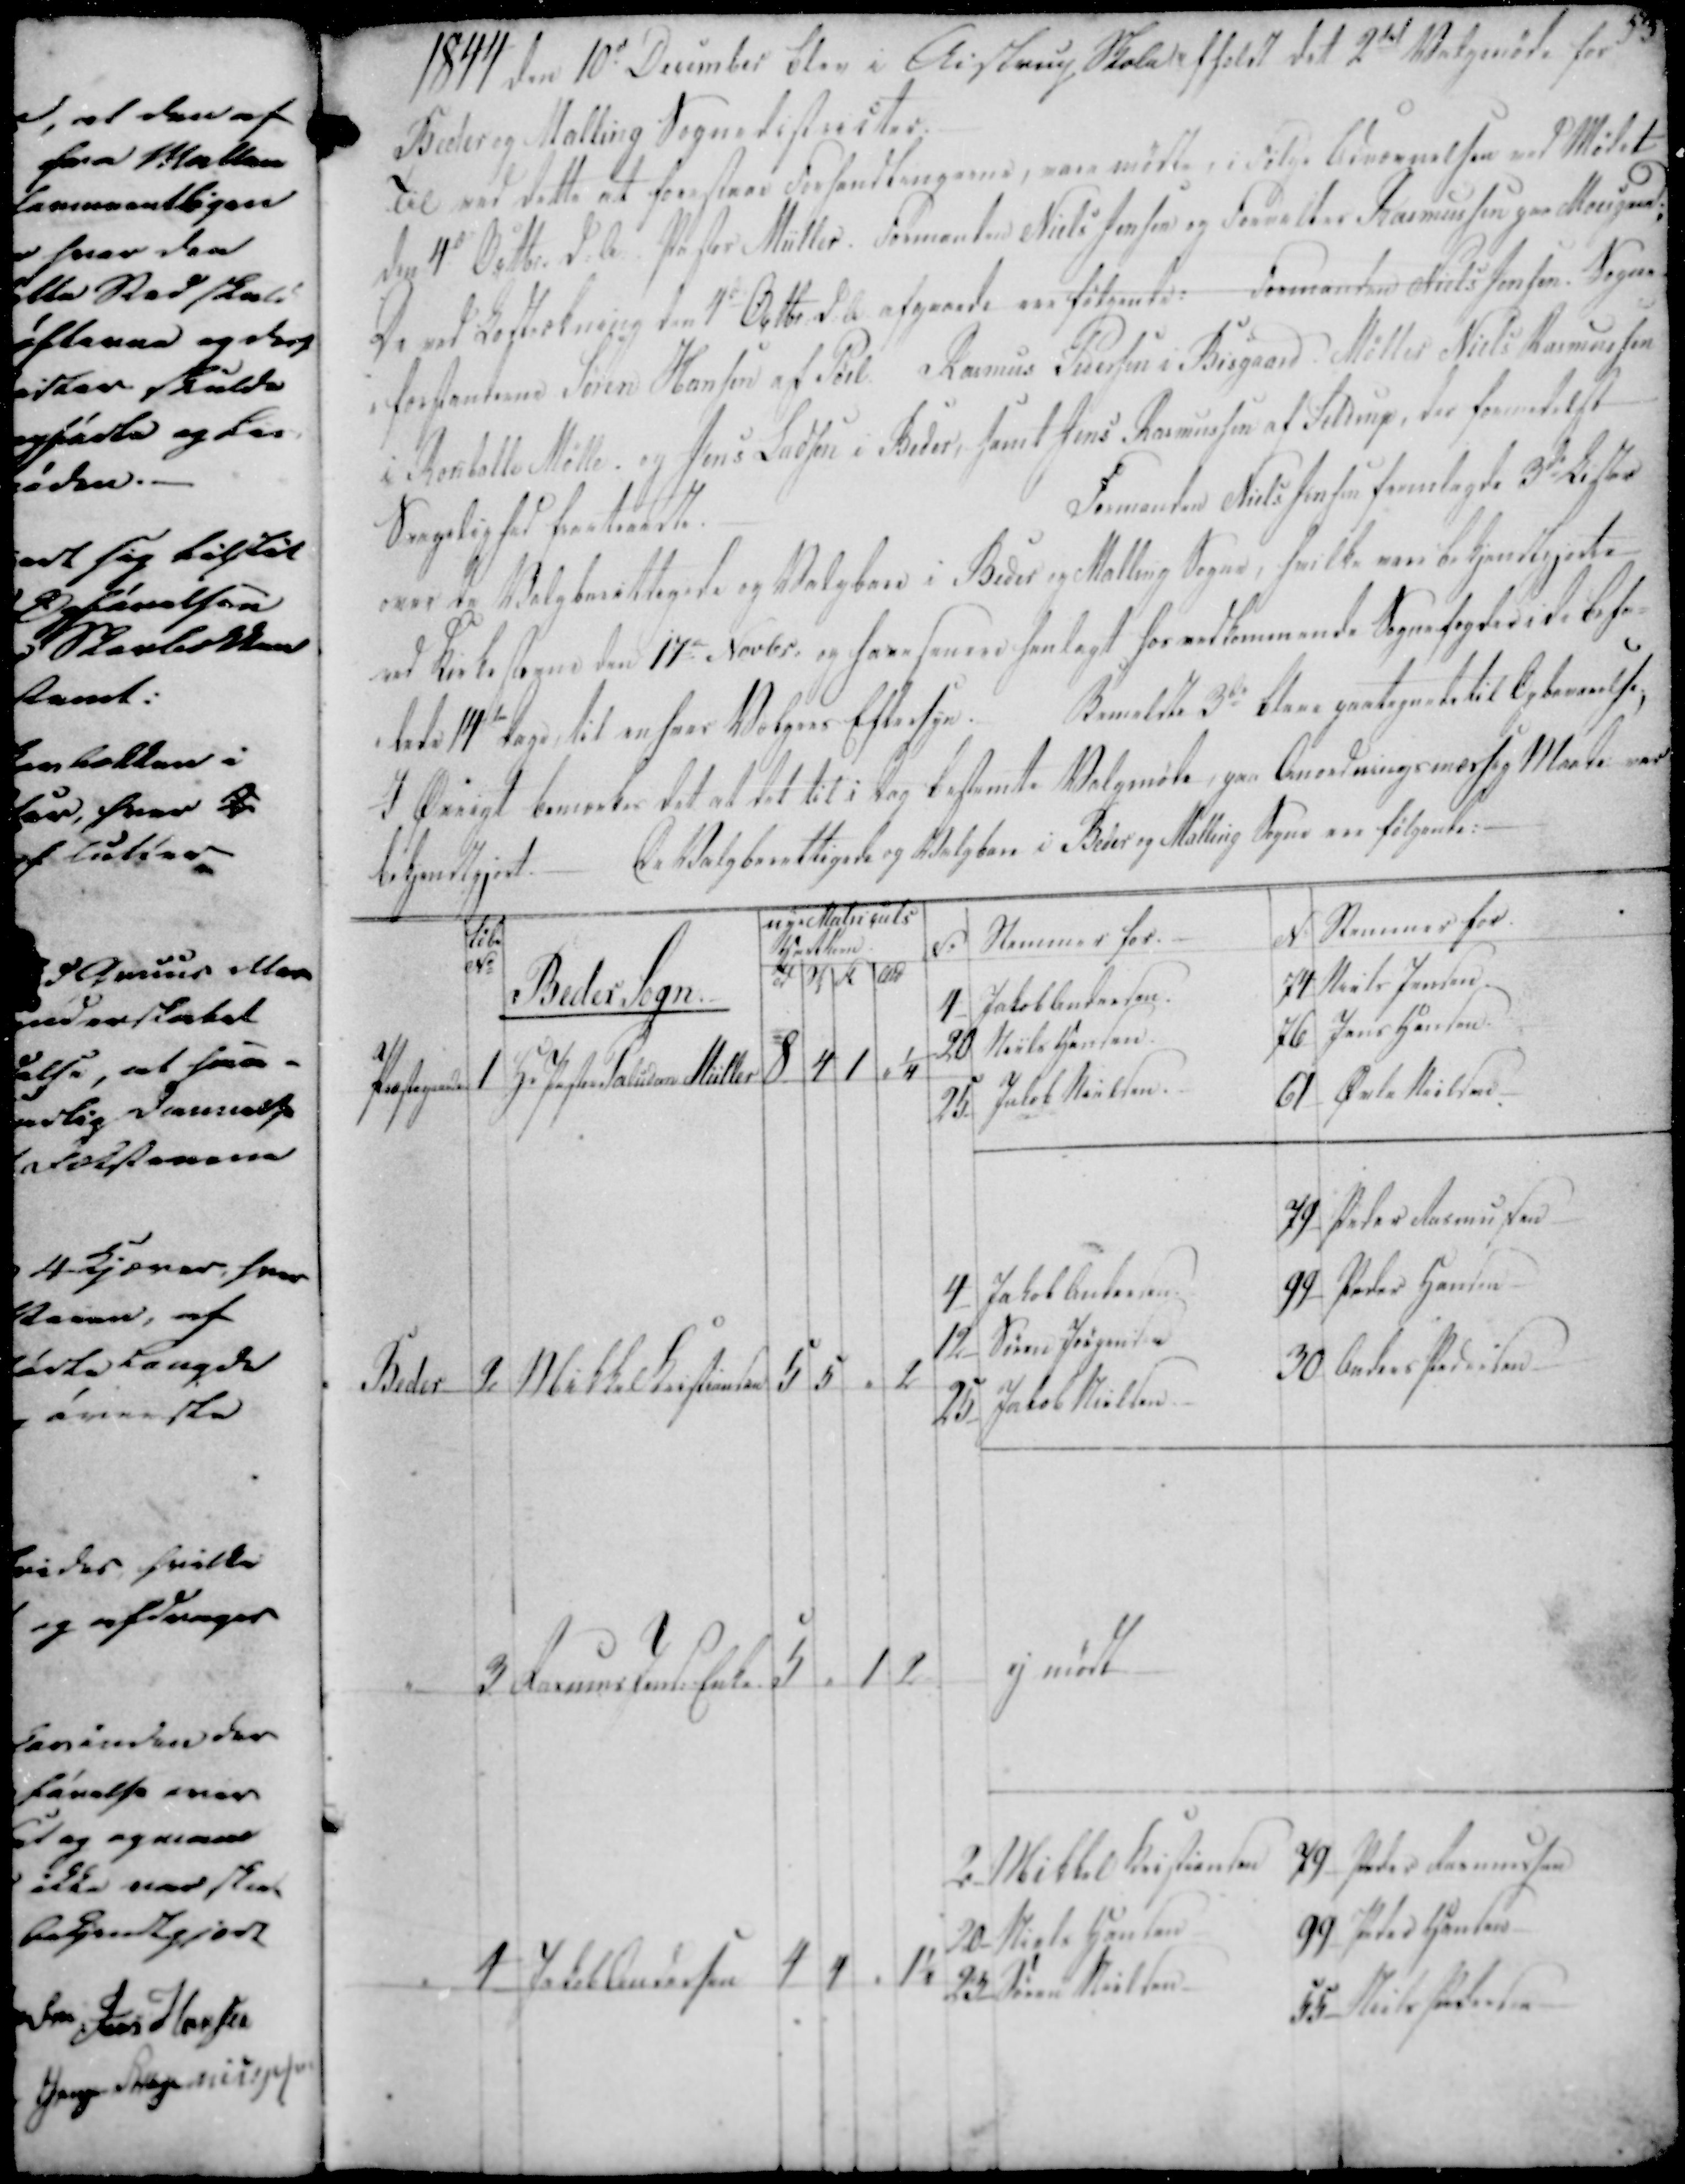
Transskription:
1844 den 10de December blev i Aistrup Skole afholdt det 2det Vælgermøde for
Beder og Malling Sognedistricter.

Til ved dette at forestaae Forhandlingerne, vare mødte i Følge Benævnelsen ved Mødet
den 4de Octbr. d.A. Pastor Müller. Formanden Niels Jensen og Forvalter Rasmussen paa Moesgaard.
De ved Bestrækning den 4de Octbr d.a. afgaaede ere følgende: Formanden Niels Jensen. Sogne-
-forstanderne Søren Hansen af Pøel Rasmus Pedersen i Bisgaard Møller Niels Rasmussen
i Korsballe Mølle, og Jens Ladsen i Beder, samt Jens Rasmussen af Seldrup, der fremdelst
Svagelighed fratraadte.
Formanden Niels Jensen fremlagde 3d Lister
over de Valgberettigede og Valgbare i Beder og Malling Sogne, hvilke var bekjendtgjordte
ved Kirke Sogne den 17e Novbr. og have fanere henlagt for vedkommende Sognefogderide befa-
-lede 14de Dage, til enhver Vælgers Eftersyn.
Bemeldte 3de bleve paategnede til Opbevarelse.
I Øvrigt bemærkes det at det til i Dag bestemte Valgmøde, paa Anordningsmæssig Maade var
bekjendtgjort.
De Valgberettigede og Valgbare i Beder og Malling Sogne ere følgende: